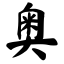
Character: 奥